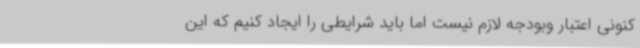
کنونی اعتبار وبودجه لازم نیست اما باید شرایطی را ایجاد کنیم که این